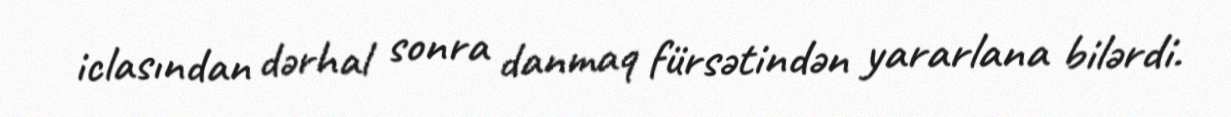
iclasından dərhal sonra danmaq fürsətindən yararlana bilərdi.